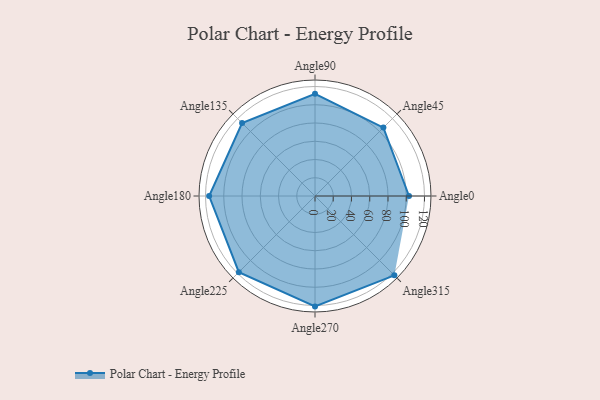
{"axis": {"x": "Angle", "y": "Radius"}, "legend": [""], "data": [{"x": "Angle0", "y": 103.0, "type": ""}, {"x": "Angle45", "y": 106.0, "type": ""}, {"x": "Angle90", "y": 112.0, "type": ""}, {"x": "Angle135", "y": 113.0, "type": ""}, {"x": "Angle180", "y": 116.0, "type": ""}, {"x": "Angle225", "y": 118.0, "type": ""}, {"x": "Angle270", "y": 121.0, "type": ""}, {"x": "Angle315", "y": 123.0, "type": ""}]}